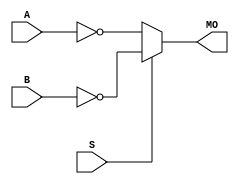
module cycloneiii_nmux21 (MO, A, B, S);
   input A, B, S; 
   output MO; 
   assign MO = (S == 1) ? ~B : ~A; 
endmodule